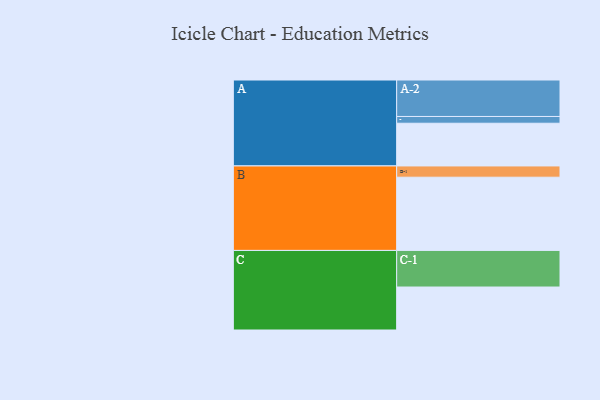
{"axis": {"x": "Segment", "y": "Value"}, "legend": ["", "A", "B", "C"], "data": [{"x": "A", "y": 322, "type": ""}, {"x": "B", "y": 552, "type": ""}, {"x": "C", "y": 324, "type": ""}, {"x": "A-1", "y": 51, "type": "A"}, {"x": "A-2", "y": 275, "type": "A"}, {"x": "B-1", "y": 85, "type": "B"}, {"x": "C-1", "y": 276, "type": "C"}]}